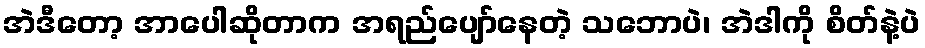
အဲဒီတော့ အာပေါဆိုတာက အရည်ပျော်နေတဲ့ သဘောပဲ၊ အဲဒါကို စိတ်နဲ့ပဲ